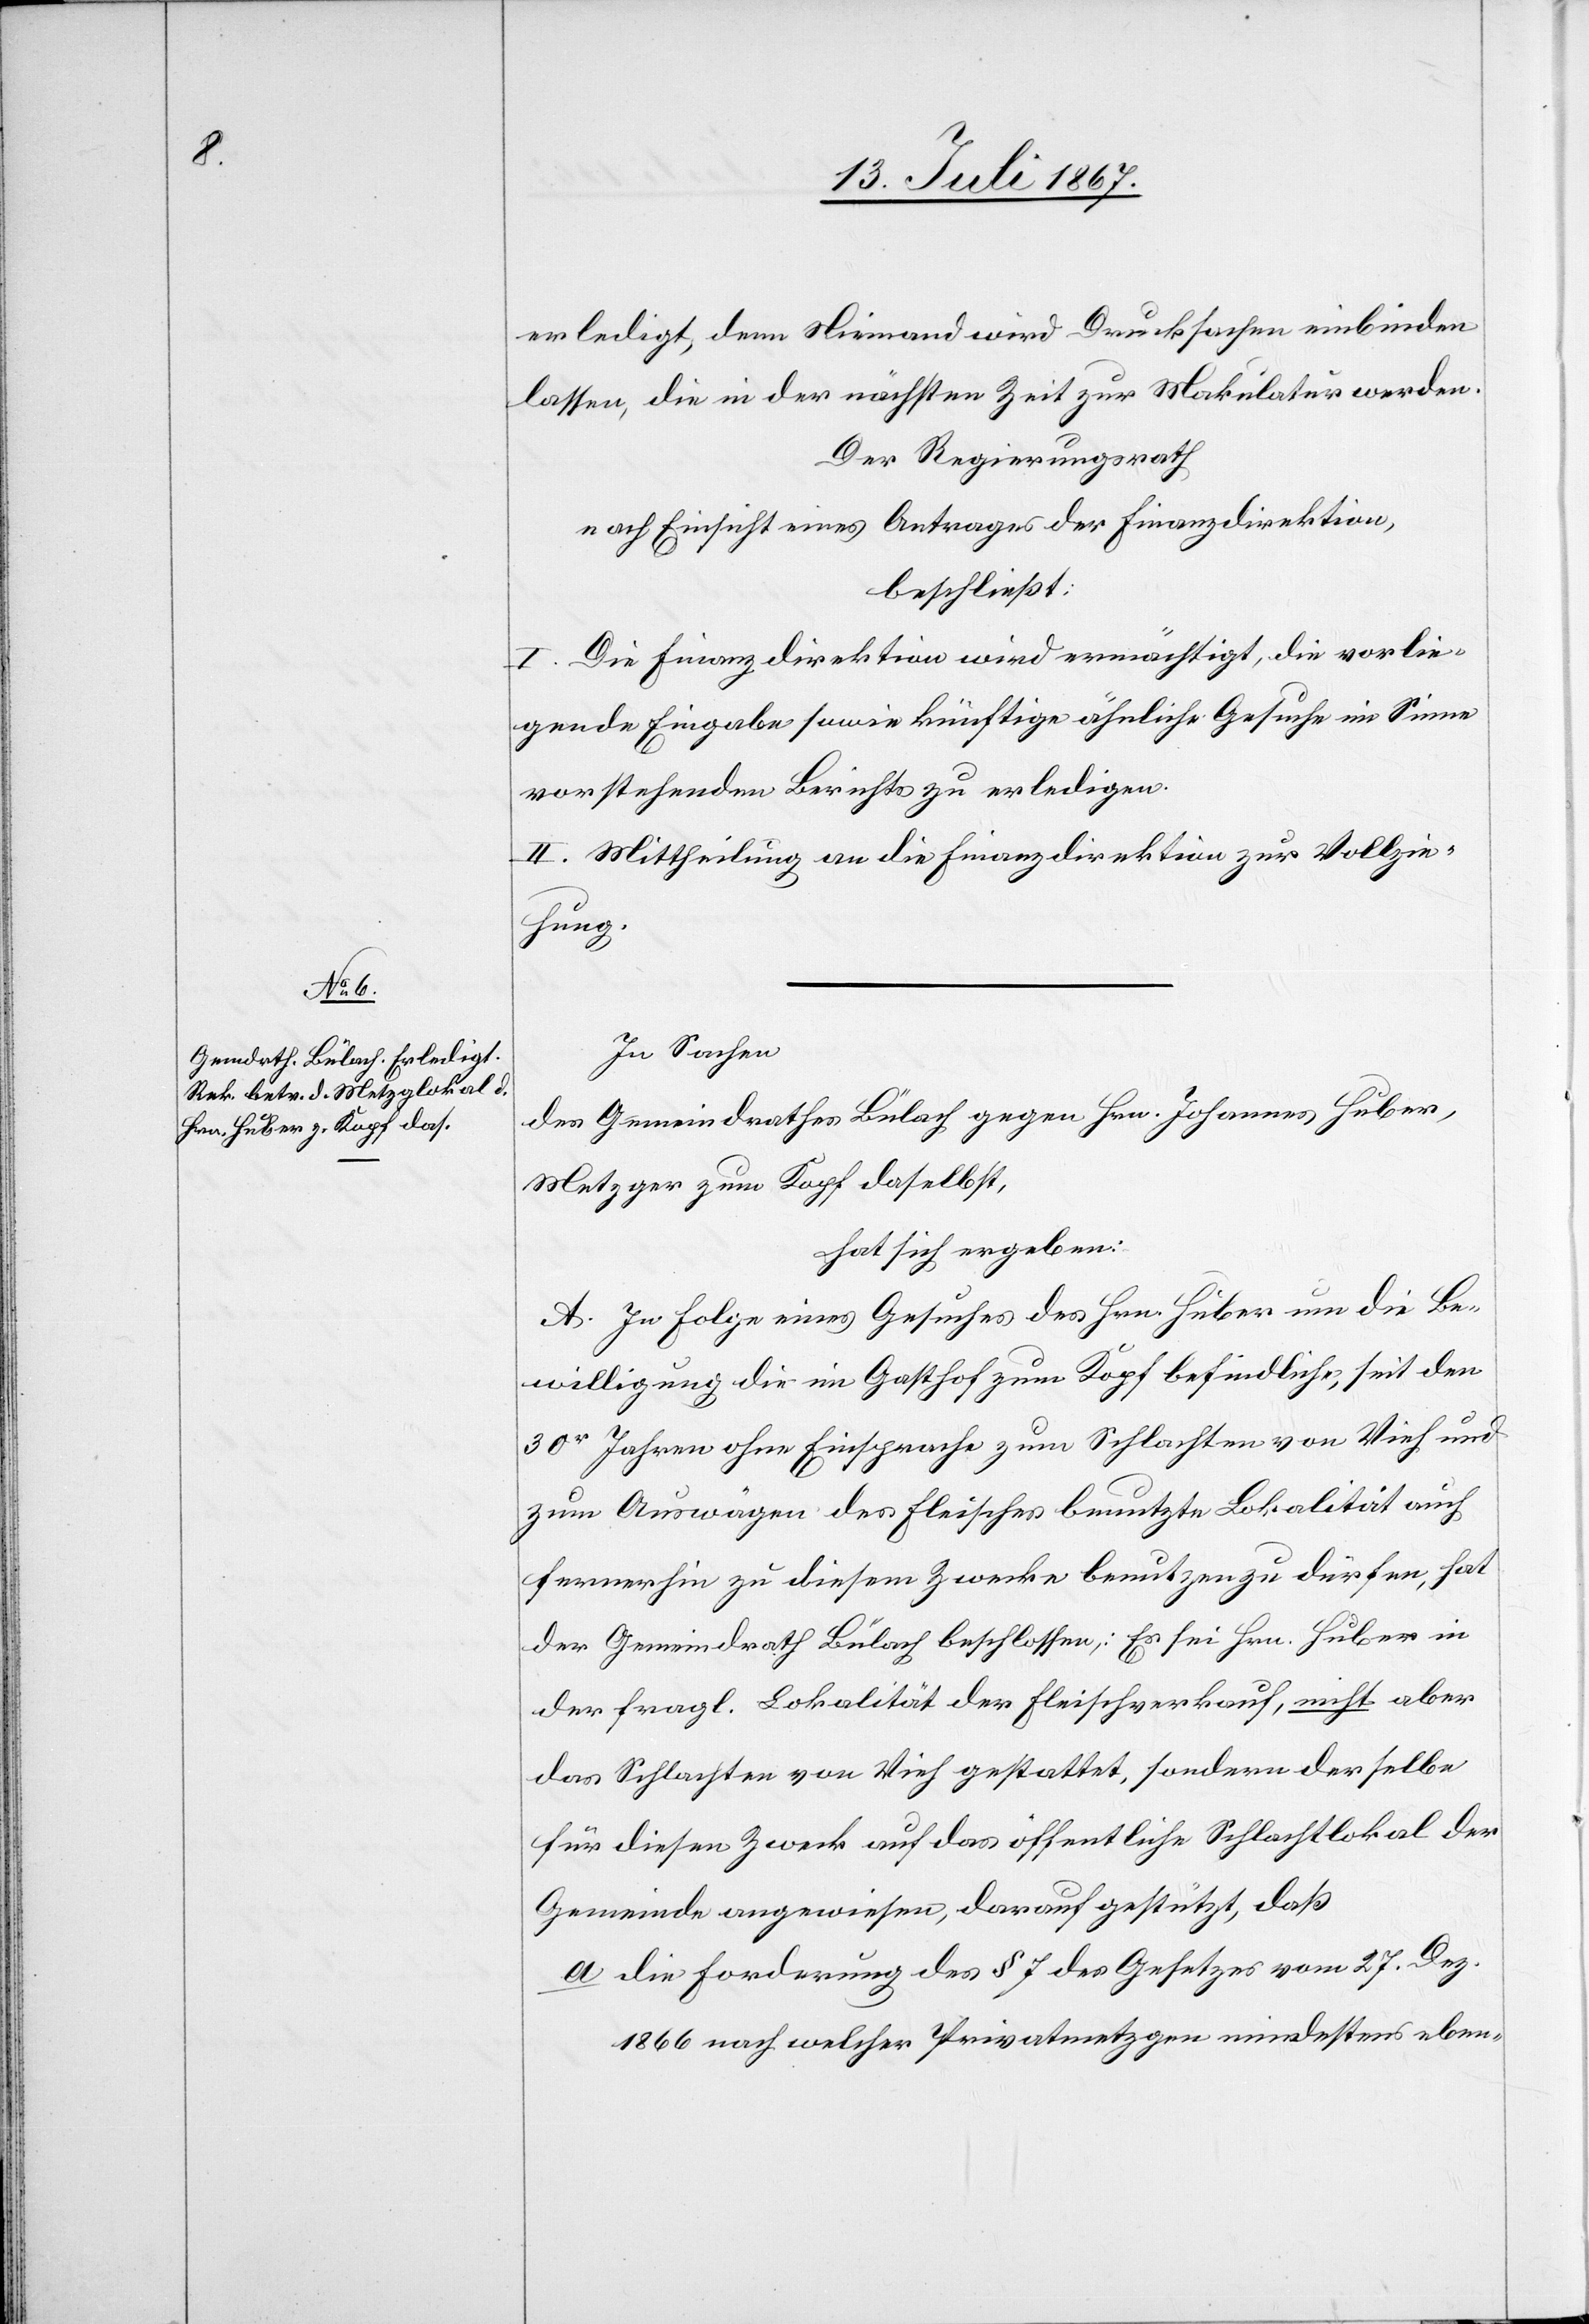
erledigt, denn Niemand wird Drucksachen einbinden
lassen, die in der nächsten Zeit zur Makulatur werden.
Der Regierungsrath,
nach Einsicht eines Antrages der Finanzdirektion,
beschließt:
I. Die Finanzdirektion wird ermächtigt, die vorlie¬
gende Eingabe sowie künftige ähnliche Gesuche im Sinne
vorstehenden Berichts zu erledigen.
II. Mittheilung an die Finanzdirektion zur Vollzie¬
hung.
In Sachen
des Gemeindrathes Bülach gegen Hrn. Johannes Huber,
Metzger zum Kopf daselbst,
hat sich ergeben:
A. In Folge eines Gesuches des Hrn. Huber um die Be¬
willigung die im Gasthof zum Kopf befindliche, seit den
30r Jahren ohne Einsprache zum Schlachten von Vieh und
zum Auswägen des Fleisches benutzte Lokalität auch
fernerhin zu diesem Zwecke benutzen zu dürfen, hat
der Gemeindrath Bülach beschlossen: Es sei Hrn. Huber in
der fragl. Lokalität der Fleischverkauf, nicht aber
das Schlachten von Vieh gestattet, sondern derselbe
für diesen Zweck auf das öffentliche Schlachtlokal der
Gemeinde angewiesen, darauf gestützt, daß
a. die Forderung des § 7 des Gesetzes vom 27. Dez.
1866 nach welcher Privatmetzger mindestens eben-